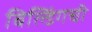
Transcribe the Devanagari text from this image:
बिल्डिंगची